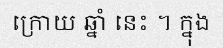
ក្រោយ ឆ្នាំ នេះ ។ ក្នុង